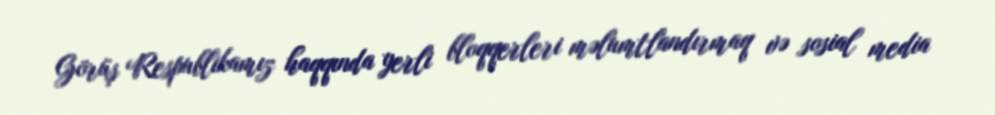
Görüş Respublikamız haqqında yerli bloqqerleri məlumtlandırmaq və sosial media